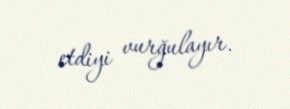
etdiyi vurğulayır.